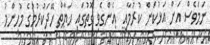
ނަމަވެސް އަށް އަޅުކަން ކުރުމާއި  އެންގެވި ގޮތުގައި ހަޔާތް ހޭދަކުރުމުގެ މުހިންމު